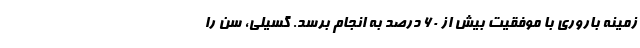
زمینه باروری با موفقیت بیش از ۶۰ درصد به انجام برسد. گسیلی، سن را